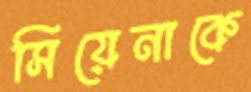
সিয়েনাকে